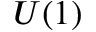
U ( 1 )